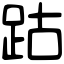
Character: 跍